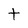
Character: t